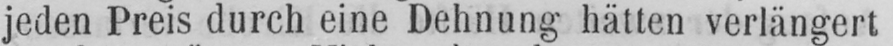
jeden Preis durch eine Dehnung hätten verlängert